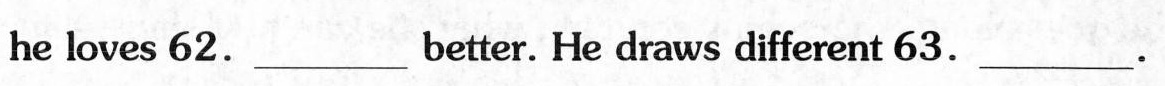
he loves 62.___better. He draws different 63. ___